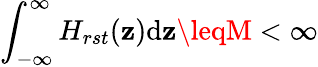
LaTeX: \int_{-\infty}^{\infty}H_{rst}(\mathbf{z})\mathrm{{d}}\mathbf{z}\leqM<\infty